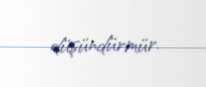
düşündürmür.